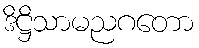
ဒိဋ္ဌိသာမညဂတော